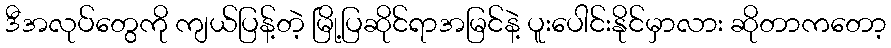
ဒီအလုပ်တွေကို ကျယ်ပြန့်တဲ့ မြို့ပြဆိုင်ရာအမြင်နဲ့ ပူးပေါင်းနိုင်မှာလား ဆိုတာကတော့